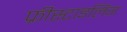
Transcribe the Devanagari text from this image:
फ्रीस्टाइलिंग